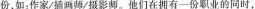
份，如：作家/插画师/摄影师。他们在拥有一份职业的同时，